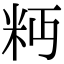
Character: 𥸴